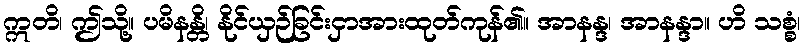
ဣတိ၊ ဤသို့။ ပမိနန္တိ၊ နိုင်ယှဉ်ခြင်းငှာအားထုတ်ကုန်၏။ အာနန္ဒ၊ အာနန္ဒာ။ ဟိ သစ္စံ၊